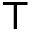
\intercal